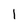
Character: 1